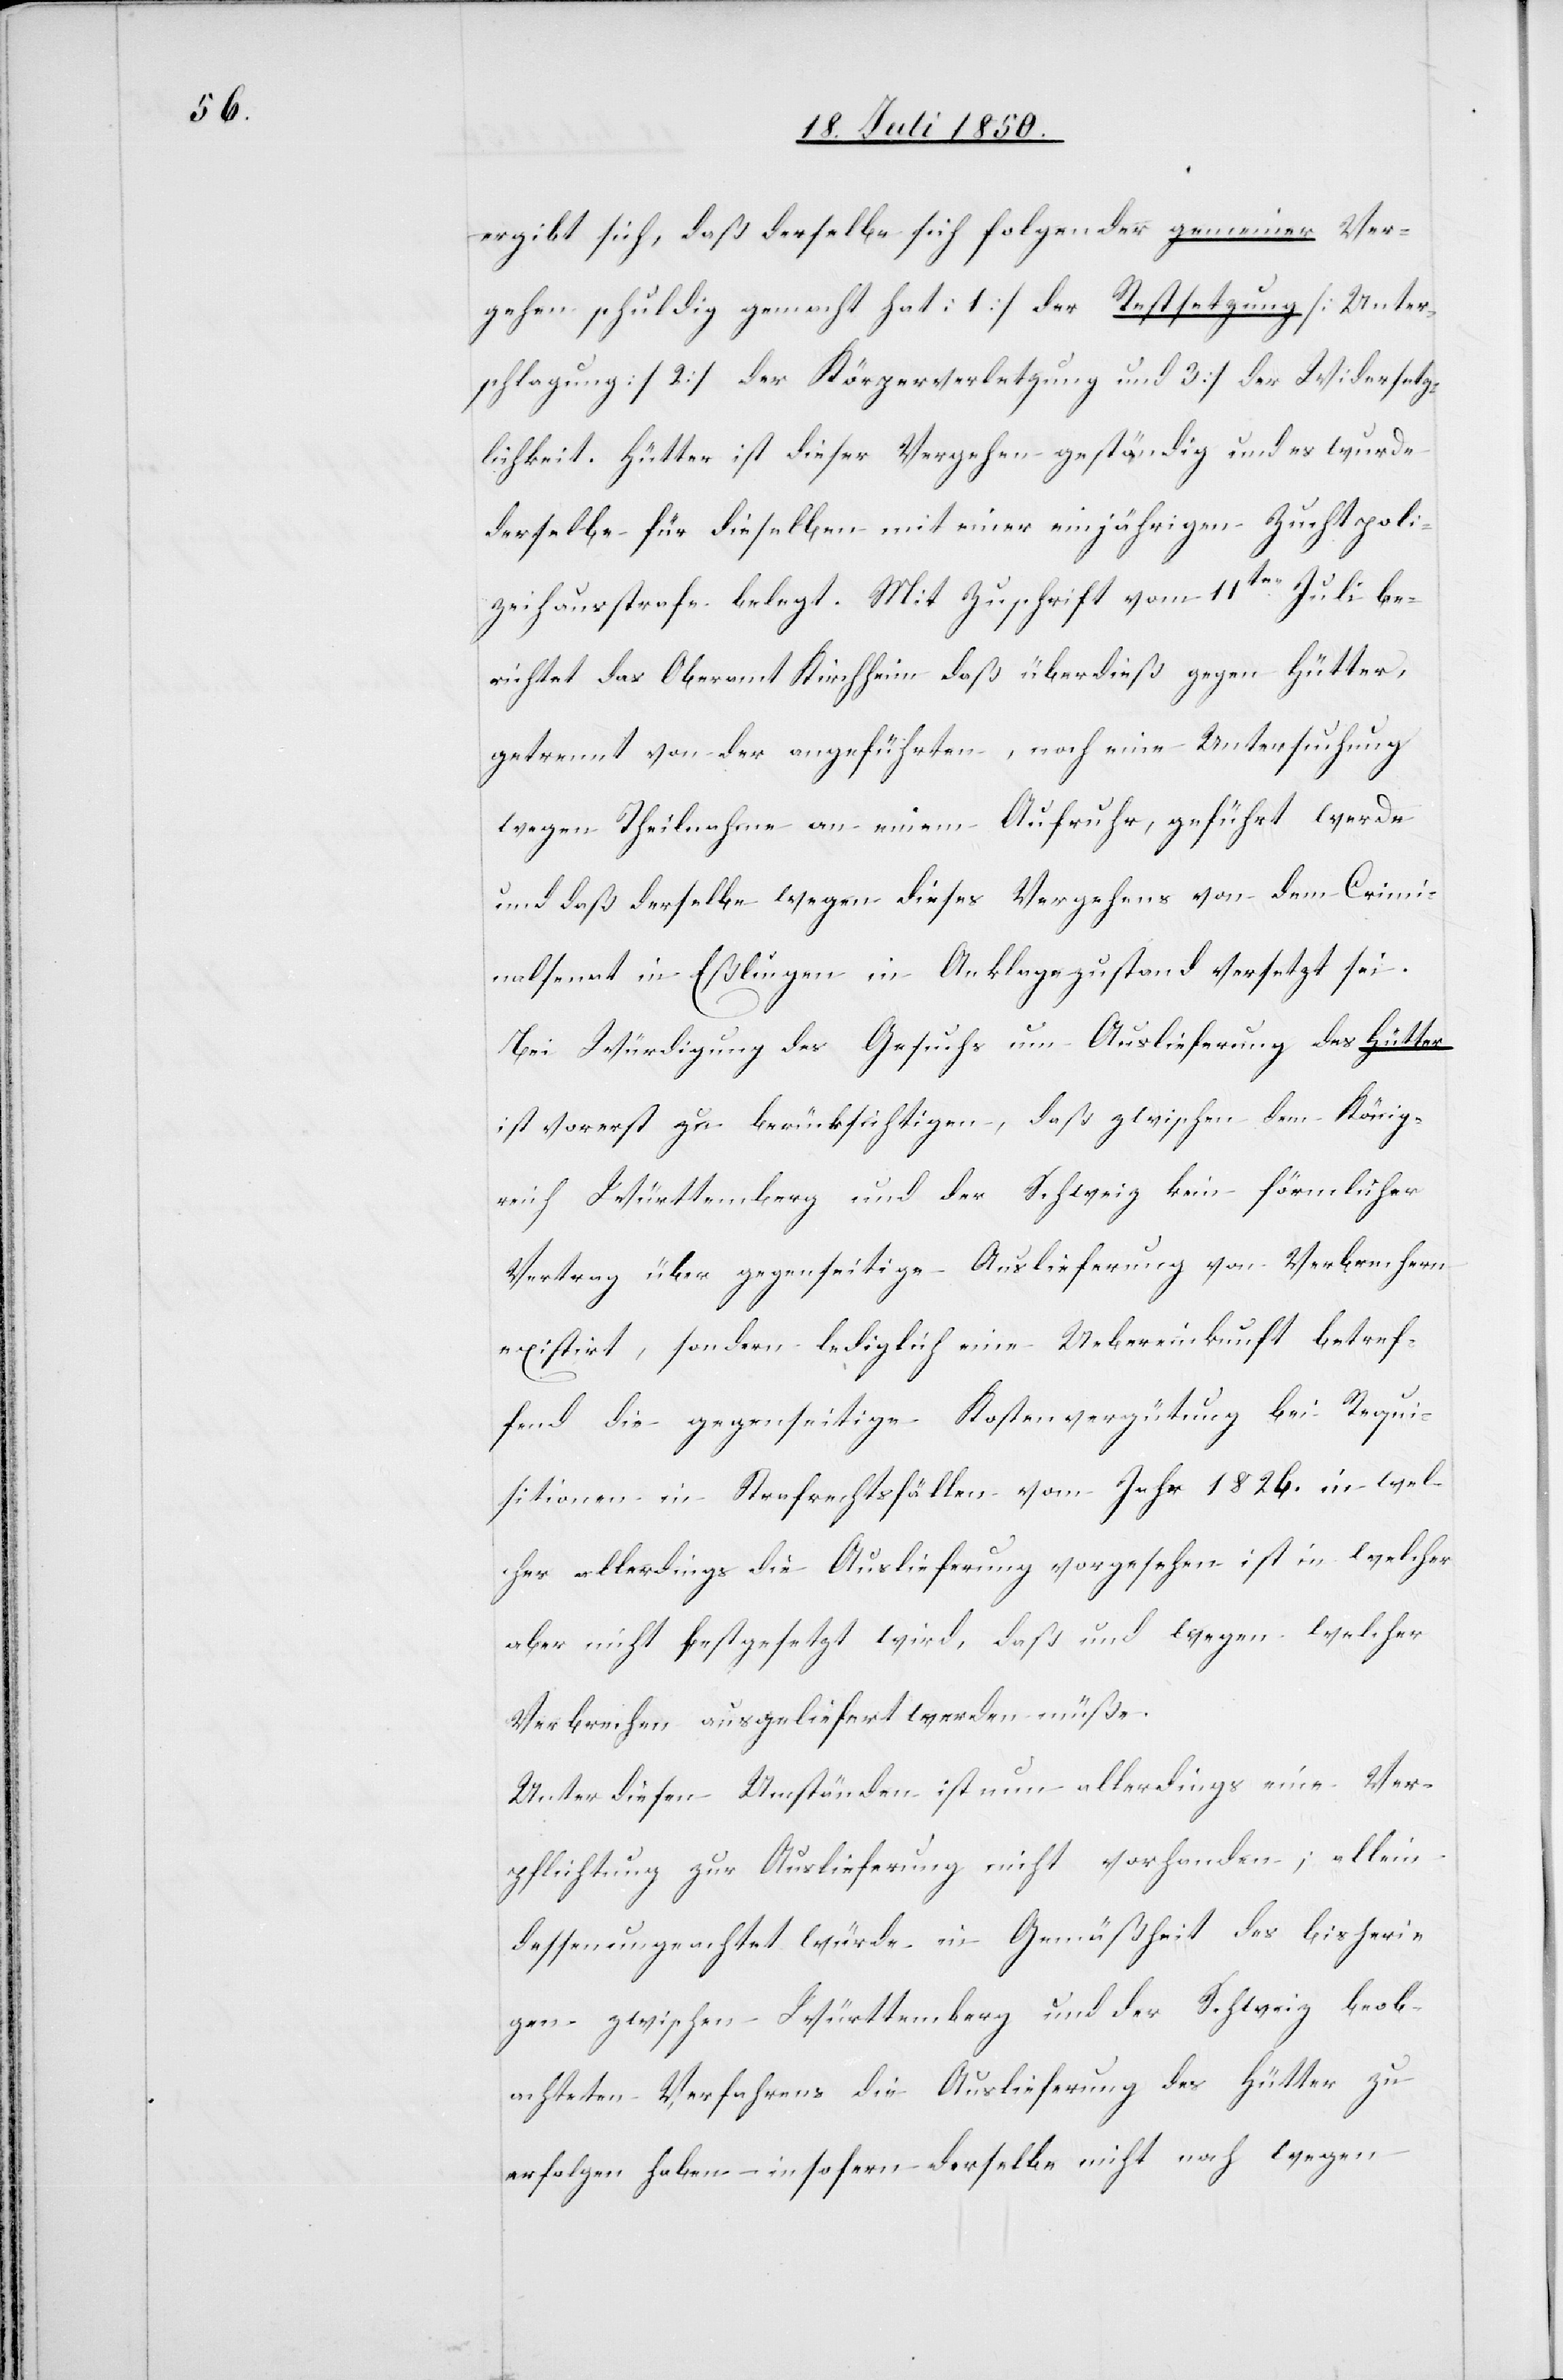
ergibt sich, daß derselbe sich folgender gemeiner Ver¬
gehen schuldig gemacht hat: 1) der Restsetzung [Unter¬
schlagung], 2) der Körperverletzung und 3) der Widersetz¬
lichkeit. Hütter ist dieser Vergehen geständig und es wurde
derselbe für dieselben mit einer einjährigen Zuchtpoli¬
zeihausstrafe belegt. Mit Zuschrift vom 11ten Juli be¬
richtet das Oberamt Kirchheim daß überdieß gegen Hütter,
getrennt von der angeführten, noch eine Untersuchung
wegen Theilnahme an einem Aufruhr, geführt werde
und daß derselbe wegen dieses Vergehens von dem Crimi¬
nalsenat in Eßlingen in Anklagezustand versetzt sei.
Bei Würdigung des Gesuchs um Auslieferung des Hütter
ist vorerst zu berücksichtigen, daß zwischen dem König¬
reich Württemberg und der Schweiz kein förmlicher
Vertrag über gegenseitige Auslieferung von Verbrechern
existirt, sondern lediglich eine Uebereinkunft betref¬
fend die gegenseitige Kostenvergütung bei Requi¬
sitionen in Strafrechtsfällen vom Jahr 1826. in wel¬
cher allerdings die Auslieferung vorgesehen ist in welcher
aber nicht festgesetzt wird, daß und wegen welcher
Verbrechen ausgeliefert werden müße.
Unter diesen Umständen ist nun allerdings eine Ver¬
pflichtung zur Auslieferung nicht vorhanden; allein
dessenungeachtet würde in Gemäßheit des bisheri¬
gen zwischen Württemberg und der Schweiz beob¬
achteten Verfahrens die Auslieferung des Hütter zu
erfolgen haben – insofern derselbe nicht noch wegen